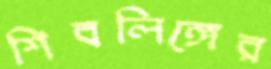
শিবলিঙ্গের